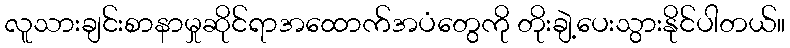
လူသားချင်းစာနာမှုဆိုင်ရာအထောက်အပံတွေကို တိုးချဲ့ပေးသွားနိုင်ပါတယ်။